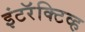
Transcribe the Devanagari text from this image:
इंटरॅक्टिव्ह